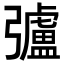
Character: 𢐸